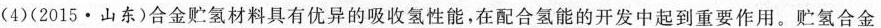
(4)(2015·山东)合金贮氢材料具有优异的吸收氢性能，在配合氢能的开发中起到重要作用。贮氢合金